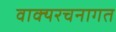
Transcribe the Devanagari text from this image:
वाक्यरचनागत